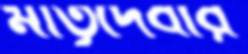
মাতৃদেবীর